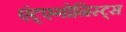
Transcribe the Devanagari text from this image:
एंट्एगोनिस्ट्स